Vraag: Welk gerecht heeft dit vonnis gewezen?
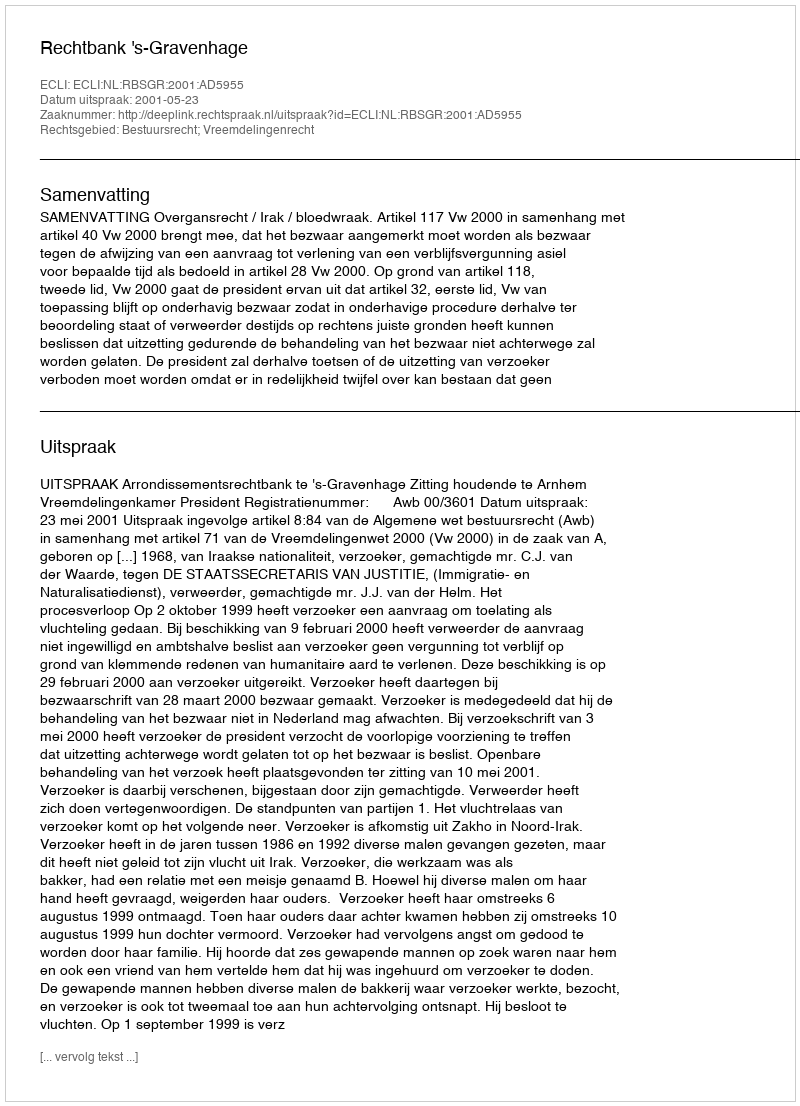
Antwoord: Rechtbank 's-Gravenhage